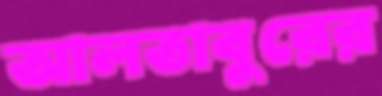
আলতাবুরের